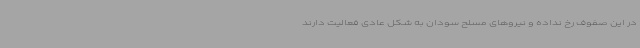
در این صفوف رخ نداده و نیروهای مسلح سودان به شکل عادی فعالیت دارند